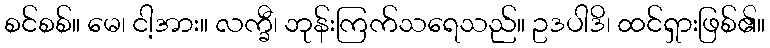
စင်စစ်။ မေ၊ ငါ့အား။ လက္ခီ၊ ဘုန်းကြက်သရေသည်။ ဥဒပါဒိ၊ ထင်ရှားဖြစ်၏။